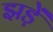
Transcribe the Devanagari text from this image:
झड़ें